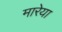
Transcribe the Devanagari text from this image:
मारेया